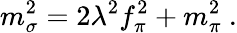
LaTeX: m_{\sigma}^{2}=2\lambda^{2}f_{\pi}^{2}+m_{\pi}^{2}~.